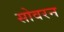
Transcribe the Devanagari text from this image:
सोवरन